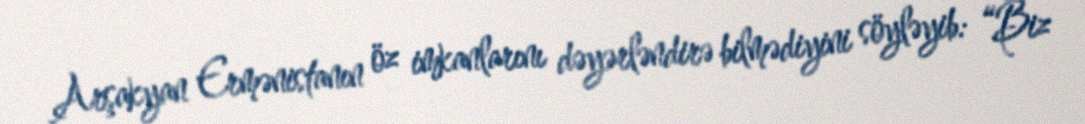
Arşakyan Ermənistanın öz imkanlarını dəyərləndirə bilmədiyini söyləyib: “Biz